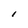
Character: l